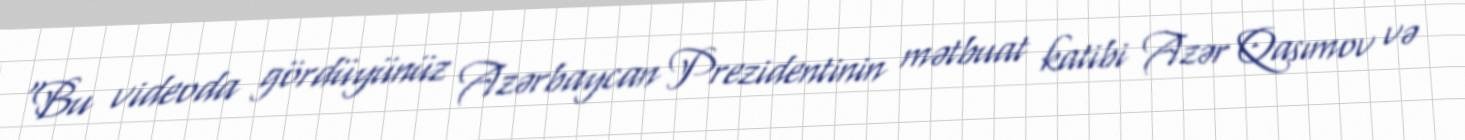
“Bu videoda gördüyünüz Azərbaycan Prezidentinin mətbuat katibi Azər Qasımov və